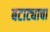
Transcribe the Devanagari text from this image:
बटाट्याचा